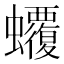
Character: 𧕡